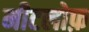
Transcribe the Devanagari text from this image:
मीटलोफ़